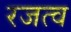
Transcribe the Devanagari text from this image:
रजत्व